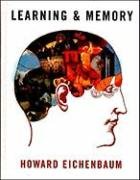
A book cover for Learning & Memory; Howard Eichenbaum; Education & Teaching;